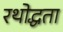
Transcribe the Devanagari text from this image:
रथोद्धता